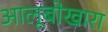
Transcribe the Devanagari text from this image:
आलूबोखारा